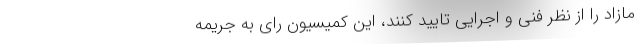
مازاد را از نظر فنی و اجرایی تایید کنند، این کمیسیون رای به جریمه